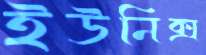
ইউনিক্স